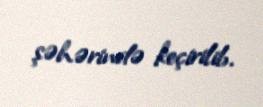
şəhərində keçirilib.